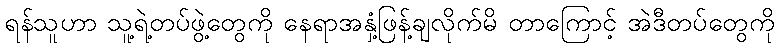
ရန်သူဟာ သူ့ရဲ့တပ်ဖွဲ့တွေကို နေရာအနှံ့ဖြန့်ချလိုက်မိ တာကြောင့် အဲဒီတပ်တွေကို